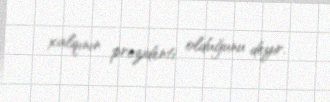
xalqının prezidenti olduğunu deyir.